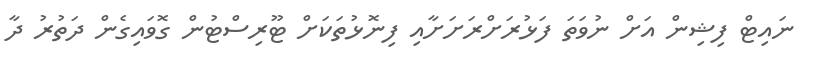
ނައިޓް ފިޝިން އަށް ނުވަތަ ފަޅުރަށްރަށަށާއި ފިނޮޅުތަކަށް ޓޫރިސްޓުން ގޮވައިގެން ދަތުރު ދާ